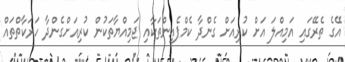
އޭގެ ތެރޭގައި އަމިއްލަ އަށް ކުރިއަށް ގެންދާ ކެމްޕެއިންތަކާއި ޖަމިއްޔާތަކުން ކުރިއަށްގެންދާ ހަރަކާތްތައް